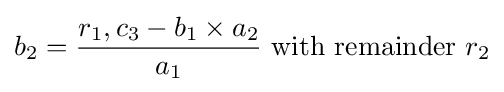
b_{2}={\frac {r_{1},c_{3}-b_{1}\times a_{2}}{a_{1}}}{\mbox{ with remainder }}r_{2}